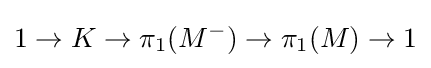
1\rightarrow K\rightarrow \pi _{1}(M^{-})\rightarrow \pi _{1}(M)\rightarrow 1